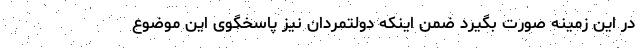
در این زمینه صورت بگیرد ضمن اینکه دولتمردان نیز پاسخگوی این موضوع